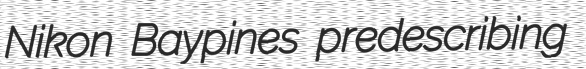
Nikon Baypines predescribing